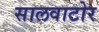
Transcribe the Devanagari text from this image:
सालवाटोर